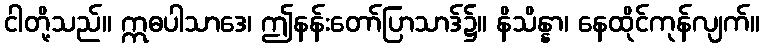
ငါတို့သည်။ ဣဓပါသာဒေ၊ ဤနန်းတော်ပြာသာဒ်၌။ နိသိန္နာ၊ နေထိုင်ကုန်လျက်။